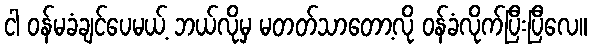
ငါ ဝန်မခံချင်ပေမယ့် ဘယ်လိုမှ မတတ်သာတော့လို ဝန်ခံလိုက်ပြီးပြီလေ။